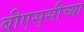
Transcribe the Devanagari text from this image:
बीएस्‌सीच्या